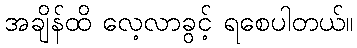
အချိန်ထိ လေ့လာခွင့် ရစေပါတယ်။